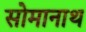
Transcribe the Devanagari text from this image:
सोमानाथ